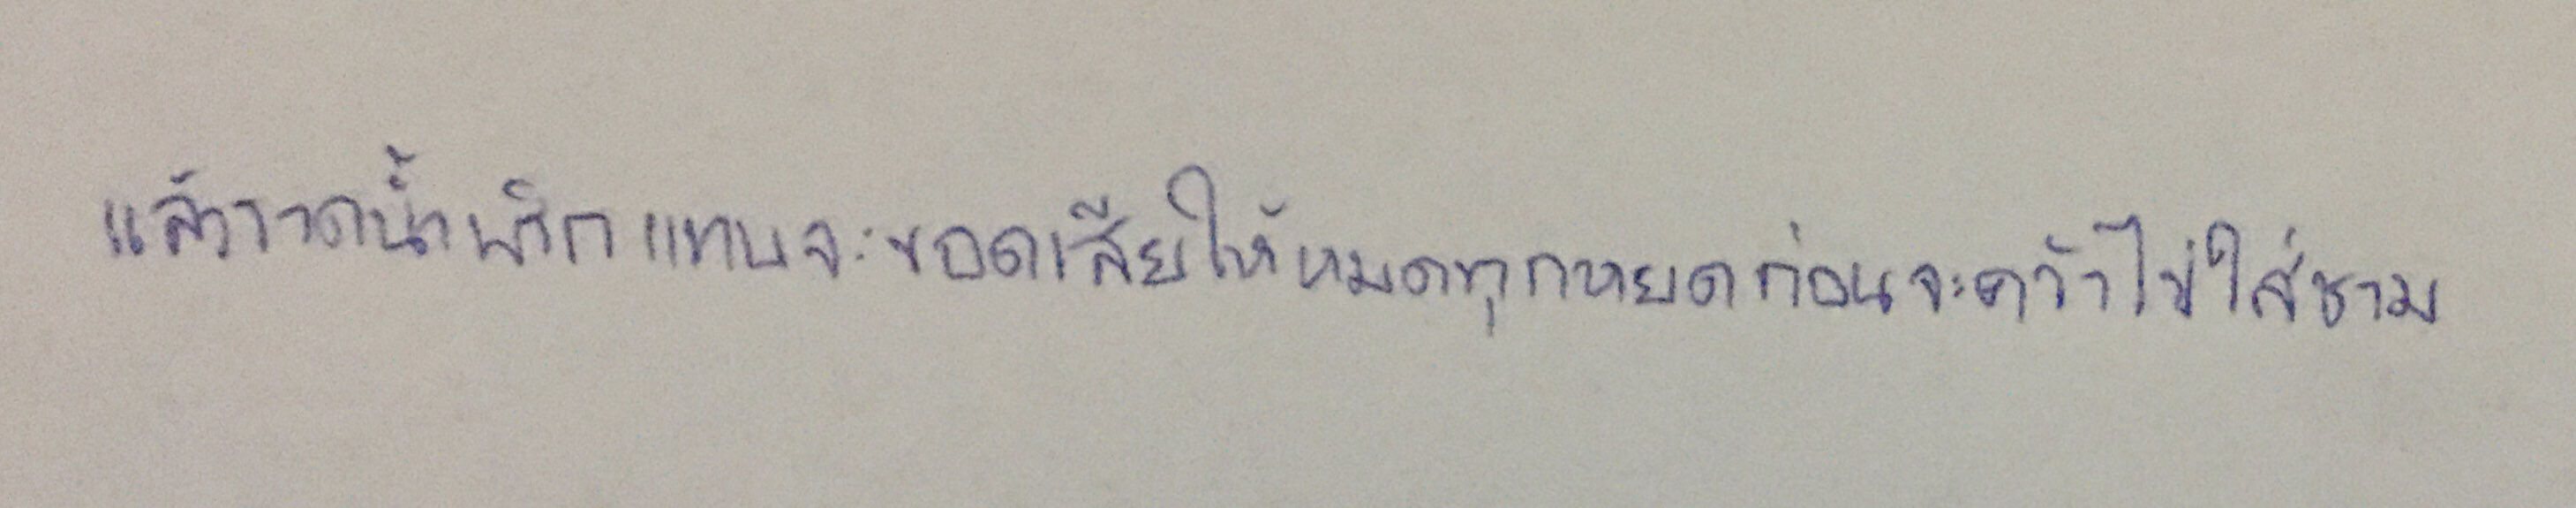
แล้วราดน้ำพริกแทบจะขอดเสียให้หมดทุกหยดก่อนจะคว้าไข่ใส่ชาม